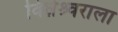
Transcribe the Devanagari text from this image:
विघ्नेश्र्वराला